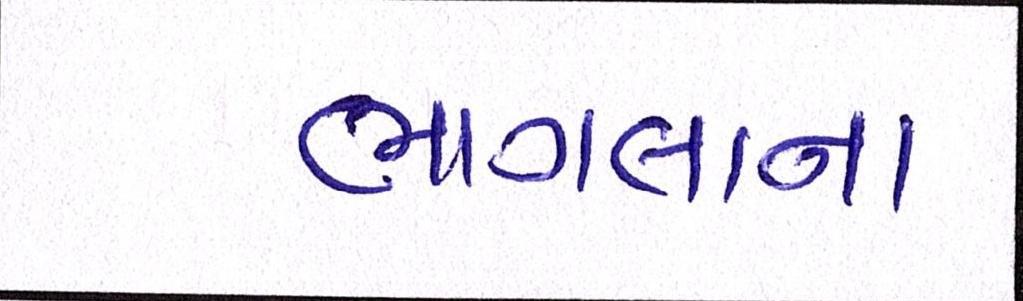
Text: ભાગલાના